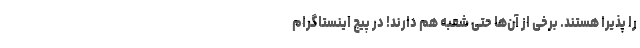
را پذیرا هستند. برخی از آن‌ها حتی شعبه هم دارند! در پیج اینستاگرام